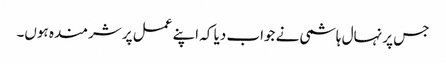
جس پر نہال ہاشمی نے جواب دیا کہ اپنے عمل پر شرمندہ ہوں۔